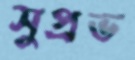
সুপ্রভ